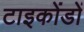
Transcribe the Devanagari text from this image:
टाइकोंडों